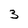
Character: 3